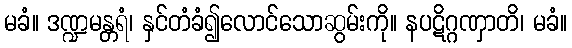
မခံ။ ဒဏ္ဍမန္တရံ၊ နှင်တံခံ၍လောင်သောဆွမ်းကို။ နပဋိဂ္ဂဏှာတိ၊ မခံ။